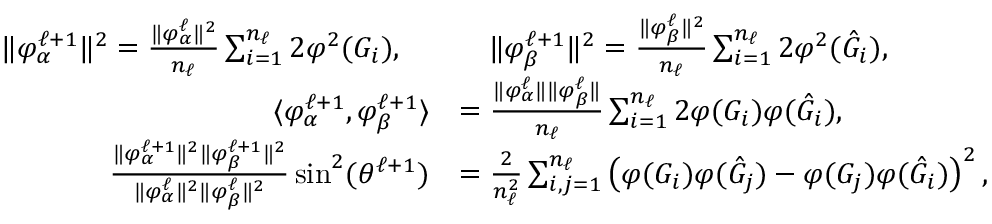
\begin{array} { r l } { \| { { \varphi } _ { \alpha } ^ { \ell + 1 } } \| ^ { 2 } = \frac { \| { { \varphi } _ { \alpha } ^ { \ell } } \| ^ { 2 } } { n _ { \ell } } \sum _ { i = 1 } ^ { n _ { \ell } } 2 { \varphi } ^ { 2 } ( G _ { i } ) , \quad } & { \quad \| { { \varphi } _ { \beta } ^ { \ell + 1 } } \| ^ { 2 } = \frac { \| { { \varphi } _ { \beta } ^ { \ell } } \| ^ { 2 } } { n _ { \ell } } \sum _ { i = 1 } ^ { n _ { \ell } } 2 { \varphi } ^ { 2 } ( \hat { G } _ { i } ) , } \\ { \langle { { \varphi } _ { \alpha } ^ { \ell + 1 } } , { { \varphi } _ { \beta } ^ { \ell + 1 } } \rangle } & { = \frac { \| { { \varphi } _ { \alpha } ^ { \ell } } \| \| { { \varphi } _ { \beta } ^ { \ell } } \| } { n _ { \ell } } \sum _ { i = 1 } ^ { n _ { \ell } } 2 { \varphi } ( G _ { i } ) { \varphi } ( \hat { G } _ { i } ) , } \\ { \frac { \| { { \varphi } _ { \alpha } ^ { \ell + 1 } } \| ^ { 2 } \| { { \varphi } _ { \beta } ^ { \ell + 1 } } \| ^ { 2 } } { \| { { \varphi } _ { \alpha } ^ { \ell } } \| ^ { 2 } \| { { \varphi } _ { \beta } ^ { \ell } } \| ^ { 2 } } \sin ^ { 2 } ( \theta ^ { \ell + 1 } ) } & { = \frac { 2 } { n _ { \ell } ^ { 2 } } \sum _ { i , j = 1 } ^ { n _ { \ell } } \left( { \varphi } ( G _ { i } ) { \varphi } ( \hat { G } _ { j } ) - { \varphi } ( G _ { j } ) { \varphi } ( \hat { G } _ { i } ) \right) ^ { 2 } , } \end{array}